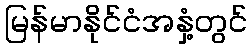
မြန်မာနိုင်ငံအနှံ့တွင်